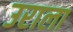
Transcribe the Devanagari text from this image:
उराला